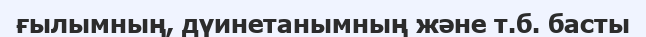
ғылымның, дүинетанымның және т.б. басты